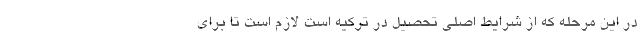
در این مرحله که از شرایط اصلی تحصیل در ترکیه است لازم است تا برای